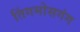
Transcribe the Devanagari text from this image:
तिंगमोसगंग